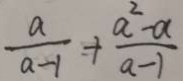
\frac { a } { a - 1 } + \frac { a ^ { 2 } - a } { a - 1 }